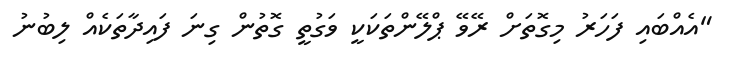
"އެއްބައި ފަހަރު މިގޮތަށް ރޭވޭ ޕްލޭންތަކަކީ ވަގުތީ ގޮތުން ގިނަ ފައިދާތަކެއް ލިބުނު